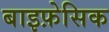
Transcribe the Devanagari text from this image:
बाइफ़ेसिक